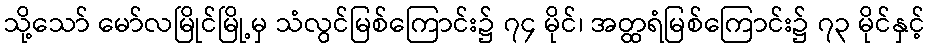
သို့သော် မော်လမြိုင်မြို့မှ သံလွင်မြစ်ကြောင်း၌ ၇၄ မိုင်၊ အတ္ထရံမြစ်ကြောင်း၌ ၇၃ မိုင်နှင့်